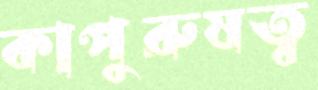
কাপুরুষত্ব